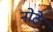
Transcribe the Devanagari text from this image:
नोठे